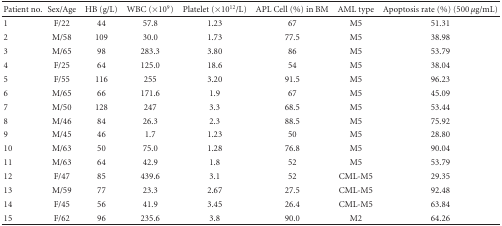
<table><thead><tr><td><b>Patient no.</b></td><td><b>Sex/Age</b></td><td><b>HB (g/L)</b></td><td><b>WBC (×10<sup>9</sup>)</b></td><td><b>Platelet (×10<sup>12</sup>/L)</b></td><td><b>APL Cell (%) in BM</b></td><td><b>AML type</b></td><td><b>Apoptosisrate (%) (500 <i>μ</i>g/mL)</b></td></tr></thead><tbody><tr><td>1</td><td>F/22</td><td>44</td><td>57.8</td><td>1.23</td><td>67</td><td>M5</td><td>51.31</td></tr><tr><td>2</td><td>M/58</td><td>109</td><td>30.0</td><td>1.73</td><td>77.5</td><td>M5</td><td>38.98</td></tr><tr><td>3</td><td>M/65</td><td>98</td><td>283.3</td><td>3.80</td><td>86</td><td>M5</td><td>53.79</td></tr><tr><td>4</td><td>F/25</td><td>64</td><td>125.0</td><td>18.6</td><td>54</td><td>M5</td><td>38.04</td></tr><tr><td>5</td><td>F/55</td><td>116</td><td>255</td><td>3.20</td><td>91.5</td><td>M5</td><td>96.23</td></tr><tr><td>6</td><td>M/65</td><td>66</td><td>171.6</td><td>1.9</td><td>67</td><td>M5</td><td>45.09</td></tr><tr><td>7</td><td>M/50</td><td>128</td><td>247</td><td>3.3</td><td>68.5</td><td>M5</td><td>53.44</td></tr><tr><td>8</td><td>M/46</td><td>84</td><td>26.3</td><td>2.3</td><td>88.5</td><td>M5</td><td>75.92</td></tr><tr><td>9</td><td>M/45</td><td>46</td><td>1.7</td><td>1.23</td><td>50</td><td>M5</td><td>28.80</td></tr><tr><td>10</td><td>M/63</td><td>50</td><td>75.0</td><td>1.28</td><td>76.8</td><td>M5</td><td>90.04</td></tr><tr><td>11</td><td>M/63</td><td>64</td><td>42.9</td><td>1.8</td><td>52</td><td>M5</td><td>53.79</td></tr><tr><td>12</td><td>F/47</td><td>85</td><td>439.6</td><td>3.1</td><td>52</td><td>CML-M5</td><td>29.35</td></tr><tr><td>13</td><td>M/59</td><td>77</td><td>23.3</td><td>2.67</td><td>27.5</td><td>CML-M5</td><td>92.48</td></tr><tr><td>14</td><td>F/45</td><td>56</td><td>41.9</td><td>3.45</td><td>26.4</td><td>CML-M5</td><td>63.84</td></tr><tr><td>15</td><td>F/62</td><td>96</td><td>235.6</td><td>3.8</td><td>90.0</td><td>M2</td><td>64.26</td></tr></tbody></table>